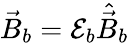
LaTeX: \vec{B}_{b}=\mathcal{E}_{b}\hat{\vec{B}}_{b}